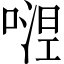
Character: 𭉴